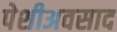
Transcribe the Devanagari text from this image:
पेशीअवसाद